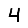
Digit: 4